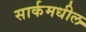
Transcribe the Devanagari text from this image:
सार्कमधील